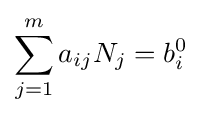
\sum _{j=1}^{m}a_{ij}N_{j}=b_{i}^{0}